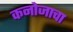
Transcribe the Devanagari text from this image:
कनोजाचा